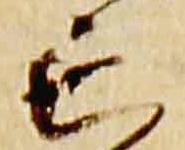
亡